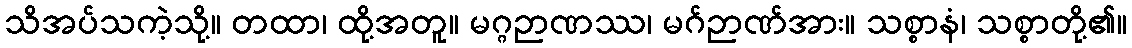
သိအပ်သကဲ့သို့။ တထာ၊ ထို့အတူ။ မဂ္ဂဉာဏဿ၊ မဂ်ဉာဏ်အား။ သစ္စာနံ၊ သစ္စာတို့၏။